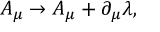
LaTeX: A _ { \mu } \rightarrow A _ { \mu } + \partial _ { \mu } \lambda ,